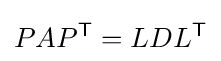
PAP^{\textsf {T}}=LDL^{\textsf {T}}